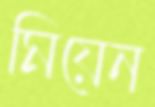
মিয়েন